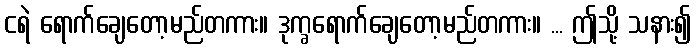
ငရဲ ရောက်ချေတော့မည်တကား။ ဒုက္ခရောက်ချေတော့မည်တကား။ ... ဤသို့ သနား၍